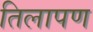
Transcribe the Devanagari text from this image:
तिलापण